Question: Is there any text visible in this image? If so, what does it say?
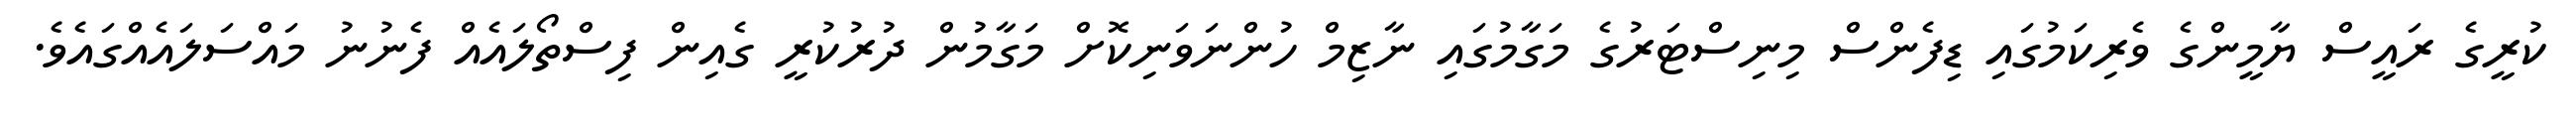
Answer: ކުރީގެ ރައީސް ޔާމީންގެ ވެރިކަމުގައި ޑިފެންސް މިނިސްޓަރުގެ މަގާމުގައި ނާޒިމް ހުންނަވަނިކޮށް މަގާމުން ދުރުކުރީ ގެއިން ފިސްތޯލައެއް ފެނުނު މައްސަލައެއްގައެވެ.